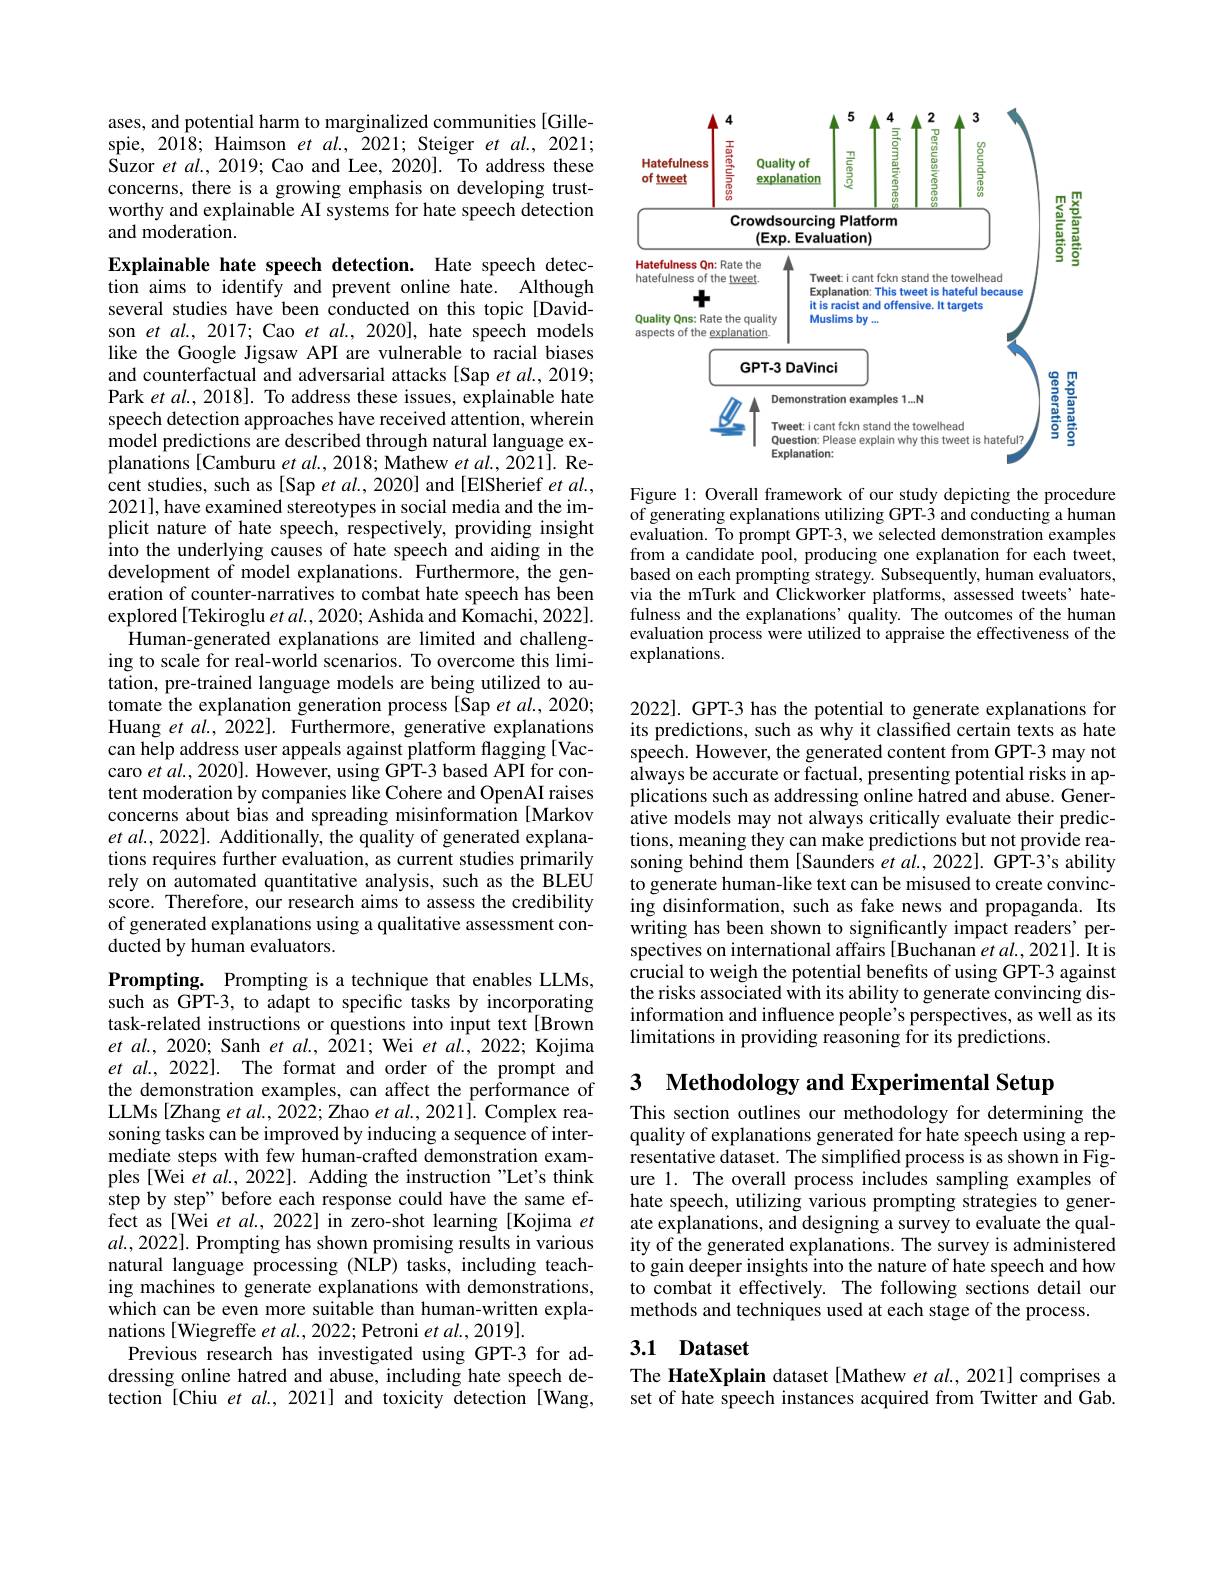
ases, and potential harm to marginalized communities [Gillespie, 2018; Haimson $etal.,2021;$ Steiger et $al.,2021;$ Suzor et $al.,2019;$ Cao and Lee, 2020]. To address these concerns, there is a growing emphasis on developing trustworthy and explainable AI systems for hate speech detection and moderation.

Explainable hate speech detection. Hate speech detection aims to identify and prevent online hate. Although several studies have been conducted on this topic[Davidson $et$ al., 2017; Cao et al., 2020], hate speech models like the Google Jigsaw API are vulnerable to racial biases and counterfactual and adversarial attacks [Sap et al., 2019; Park $etal.,2018].$ To address these issues, explainable hate speech detection approaches have received attention, wherein model predictions are described through natural language explanations [Camburu $etal.,2018;$ Mathew $etal.,2021].$ Recent studies, such as [Sap et al., 2020] and [ElSherief et al., 2021], have examined stereotypes in social media and the implicit nature of hate speech, respectively, providing insight into the underlying causes of hate speech and aiding in the development of model explanations. Furthermore, the generation of counter-narratives to combat hate speech has been explored[Tekiroglu $etal.,2020;$ Ashida and Komachi, 2022].
Human-generated explanations are limited and challenging to scale for real-world scenarios. To overcome this limitation, pre-trained language models are being utilized to automate the explanation generation process [Sap et al., 2020; Huang et al., 2022]. Furthermore, generative explanations can help address user appeals against platform flagging[Vaccaro $etal.,2020].$ However, using GPT-3 based API for content moderation by companies like Cohere and OpenAI raises concerns about bias and spreading misinformation [Markov $et$ $al. $, 2022]. Additionally, the quality of generated explanations requires further evaluation, as current studies primarily rely on automated quantitative analysis, such as the BLEU score. Therefore, our research aims to assess the credibility of generated explanations using a qualitative assessment conducted by human evaluators.
Prompting. Prompting is a technique that enables LLMs,

such as GPT-3, to adapt to specific tasks by incorporating task-related instructions or questions into input text [Brown $et$ al., 2020; Sanh $et\textit{al. , 2021; Wei et al. , 2022; Kojima}$ $etal.,2022].$ The format and order of the prompt and the demonstration examples, can affect the performance of LLMs [Zhang et al., 2022; Zhao et al., 2021]. Complex reasoning tasks can be improved by inducing a sequence of intermediate steps with few human-crafted demonstration examples [Wei et al., 2022]. Adding the instruction "Let's think step by step" before each response could have the same effect as[Wei et al., 2022] in zero-shot learning [Kojima $et$ $al.,2022].$ Prompting has shown promising results in various natural language processing (NLP) tasks, including teaching machines to generate explanations with demonstrations, which can be even more suitable than human-written explanations [ Wiegreffe $et\textit{al. , 2022; Petroni et al. , 2019}] .$
Previous research has investigated using GPT-3 for addressing online hatred and abuse, including hate speech detection [Chiu et al., 2021] and toxicity detection [Wang,

<FigureHere>

Figure 1: Overall framework of our study depicting the procedure of generating explanations utilizing GPT-3 and conducting a human evaluation. To prompt GPT-3, we selected demonstration examples from a candidate pool, producing one explanation for each tweet, based on each prompting strategy. Subsequently, human evaluators, via the mTurk and Clickworker platforms, assessed tweets' hatefulness and the explanations' quality. The outcomes of the human evaluation process were utilized to appraise the effectiveness of the explanations.

2022]. GPT-3 has the potential to generate explanations for its predictions, such as why it classified certain texts as hate speech. However, the generated content from GPT-3 may not always be accurate or factual, presenting potential risks in applications such as addressing online hatred and abuse. Generative models may not always critically evaluate their predictions, meaning they can make predictions but not provide reasoning behind them [Saunders et al., 2022]. GPT-3's ability to generate human-like text can be misused to create convincing disinformation, such as fake news and propaganda. Its writing has been shown to significantly impact readers' perspectives on international affairs [Buchanan et al.,2021].Ît is crucial to weigh the potential benefits of using GPT-3 against the risks associated with its ability to generate convincing disinformation and influence people's perspectives, as well as its limitations in providing reasoning for its predictions.

3 Methodology and Experimental Setup

This section outlines our methodology for determining the quality of explanations generated for hate speech using a representative dataset. The simplified process is as shown in Figure 1. The overall process includes sampling examples of hate speech, utilizing various prompting strategies to generate explanations, and designing a survey to evaluate the quality of the generated explanations. The survey is administered to gain deeper insights into the nature of hate speech and how to combat it effectively. The following sections detail our methods and techniques used at each stage of the process

# 3.1 Dataset

The HateXplain dataset [Mathew et al., 2021] comprises a set of hate speech instances acquired from Twitter and Gab.